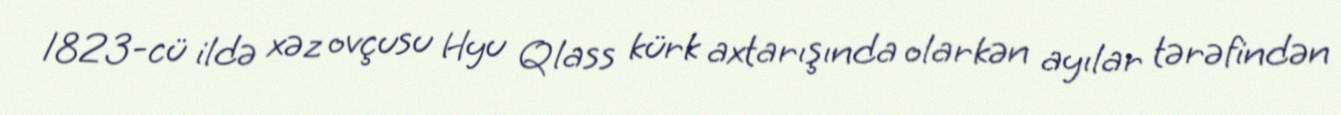
1823-cü ildə xəz ovçusu Hyu Qlass kürk axtarışında olarkən ayılar tərəfindən